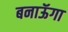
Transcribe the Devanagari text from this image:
बनाऊॅगा